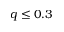
q \leq 0 . 3